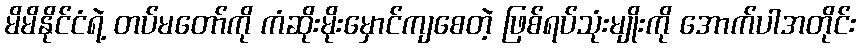
မိမိနိုင်ငံရဲ့ တပ်မတော်ကို ကံဆိုးမိုးမှောင်ကျစေတဲ့ ဖြစ်ရပ်သုံးမျိုးကို အောက်ပါအတိုင်း